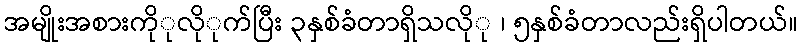
အမျိုးအစားကိုုလိုုက်ပြီး ၃နှစ်ခံတာရှိသလိုု ၊ ၅နှစ်ခံတာလည်းရှိပါတယ်။